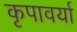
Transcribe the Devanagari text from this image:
कृपावर्या